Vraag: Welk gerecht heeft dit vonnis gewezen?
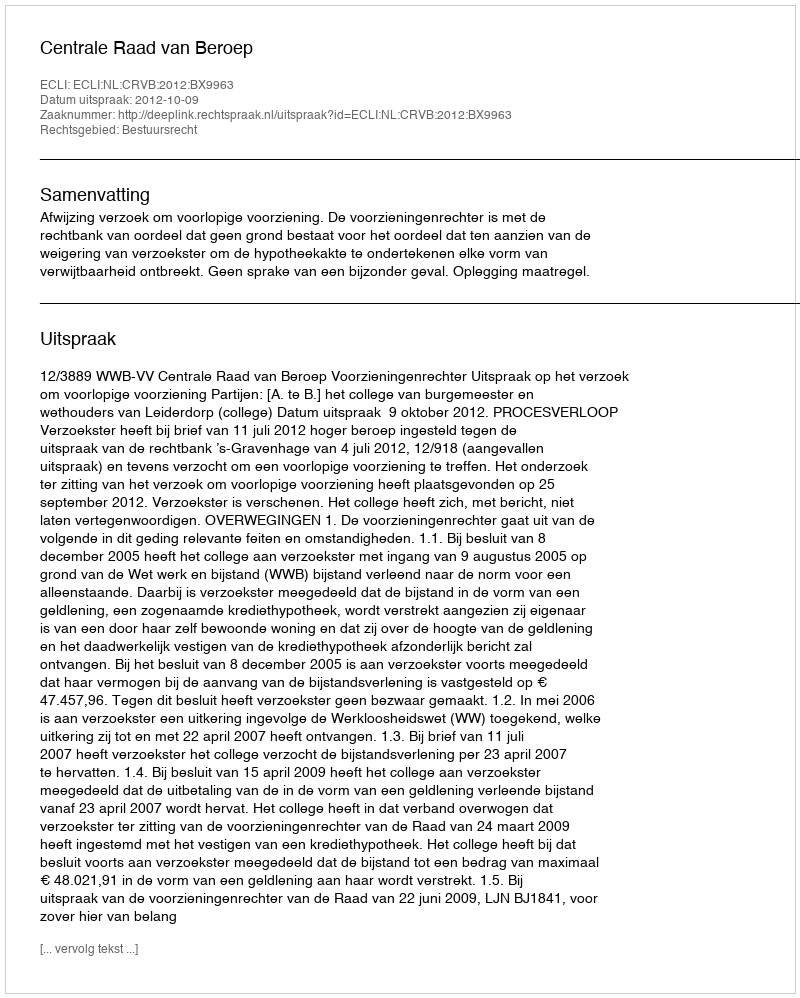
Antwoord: Centrale Raad van Beroep